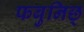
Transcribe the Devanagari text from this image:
फबुनिछ्